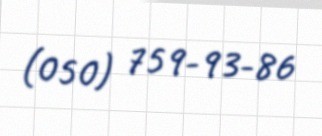
(050) 759-93-86